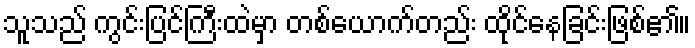
သူသည် ကွင်းပြင်ကြီးထဲမှာ တစ်ယောက်တည်း ထိုင်နေခြင်းဖြစ်၏။